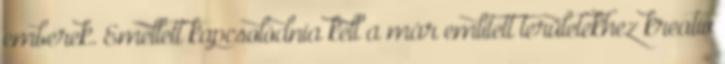
emberek. Emellett kapcsolódnia kell a már említett területekhez kreatív